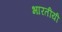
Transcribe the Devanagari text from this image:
भारतीयी